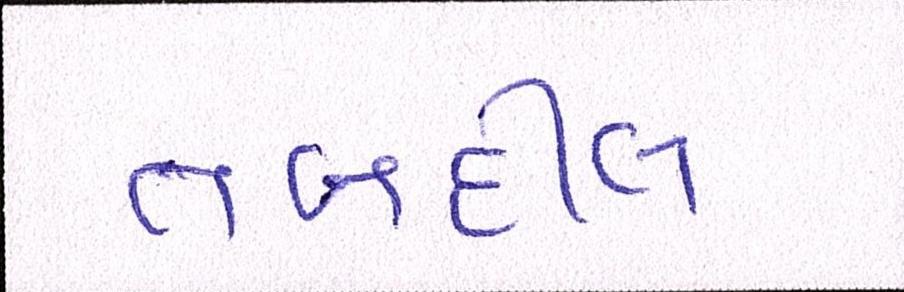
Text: તબદીલ